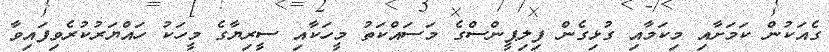
ގެއަކުން ކަމަށާއި މިކަމާއި ގުޅިގެން ފިލިޕީންސްގެ މަސައްކަތު މީހަކާއި ސީރިޔާގެ މީހަކު ހައްޔަރުކުރެވިފައިވާ